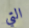
التي